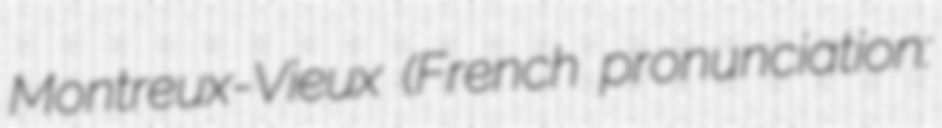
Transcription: Montreux-Vieux (French pronunciation: